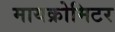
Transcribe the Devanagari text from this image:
मायक्रोमिटर